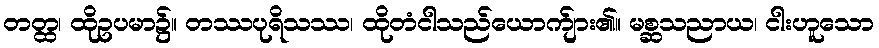
တတ္ထ၊ ထိုဥပမာ၌။ တဿပုရိသဿ၊ ထိုတံငါသည်ယောက်ျား၏။ မစ္ဆသညာယ၊ ငါးဟူသော